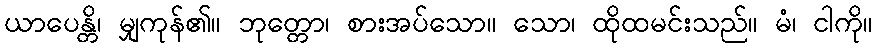
ယာပေန္တိ၊ မျှကုန်၏။ ဘုတ္တော၊ စားအပ်သော။ သော၊ ထိုထမင်းသည်။ မံ၊ ငါကို။